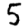
Digit: 5